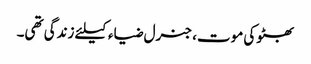
بھٹوکی موت، جنرل ضیاء کیلئے زندگی تھی۔